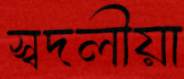
স্বদলীয়া